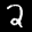
Label: 2